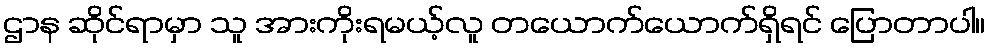
ဌာန ဆိုင်ရာမှာ သူ အားကိုးရမယ့်လူ တယောက်ယောက်ရှိရင် ပြောတာပါ။